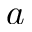
a